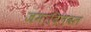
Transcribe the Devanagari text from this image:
जमादिलवल